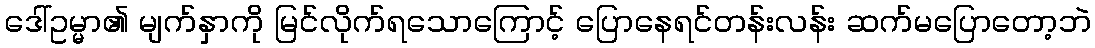
ဒေါ်ဥမ္မာ၏ မျက်နှာကို မြင်လိုက်ရသောကြောင့် ပြောနေရင်တန်းလန်း ဆက်မပြောတော့ဘဲ